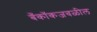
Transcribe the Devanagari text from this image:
बँकॉकजवळील